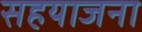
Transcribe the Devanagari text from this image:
सहयाजना